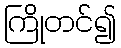
ကြိုတင်၍